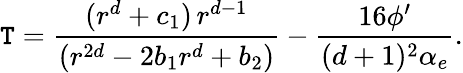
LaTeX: \mathtt{T}={\frac{{(r^{d}+c_{1})\, r^{d-1}}}{{(r^{2d}-2b_{1}r^{d}+b_{2})}}}-{\frac{{16\phi^{\prime}}}{{(d+1)^{2}\alpha_{e}}}}.